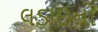
લડાઈનો